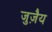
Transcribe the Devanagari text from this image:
जुज़ैय